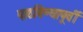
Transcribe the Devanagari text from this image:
पाठविण्यापूर्वी